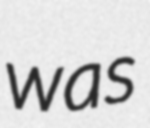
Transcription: was